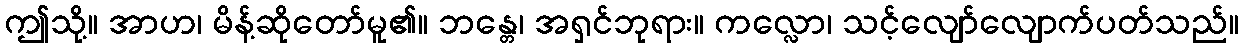
ဤသို့။ အာဟ၊ မိန့်ဆိုတော်မူ၏။ ဘန္တေ၊ အရှင်ဘုရား။ ကလ္လော၊ သင့်လျော်လျောက်ပတ်သည်။